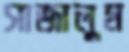
সাজালুম